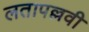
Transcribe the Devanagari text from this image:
लतापल्लवी